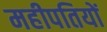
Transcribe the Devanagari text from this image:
महीपतियों